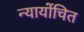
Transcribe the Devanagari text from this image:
न्‍यायोंचित